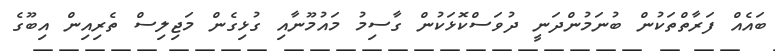
ބައެއް ފަރާތްތަކުން ބުނަމުންދަނީ ދުވަސްކޮޅަކުން ގާސިމު މައުމޫނާއި ގުޅިގެން މަޖިލިސް ތެރިއިން އިބޫގެ